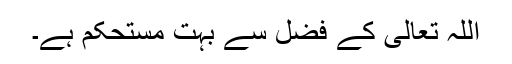
اللہ تعالیٰ کے فضل سے بہت مستحکم ہے۔